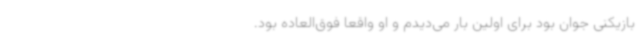
بازیکنی جوان بود برای اولین بار می‌دیدم و او واقعا فوق‌العاده بود.